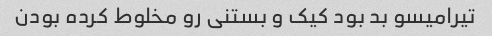
تیرامیسو بد بود کیک و بستنی رو مخلوط کرده بودن